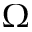
\Omega